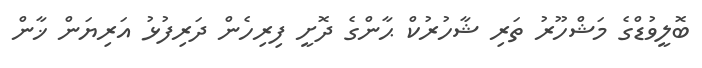
ބޮލީވުޑްގެ މަޝްހޫރު ތަރި ޝާހުރުކް ޙާންގެ ދޮށީ ފިރިހެން ދަރިފުޅު އަރިޔަން ޚާން